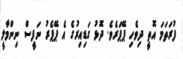
ފުރަތަމަ އޮތީ ދިވެހި ޕޭޕަރެވެ. ދޮޅު ގަޑިއިރުގެ އެ ޕޭޕެރު ނަފީސް ނިންމާލީ